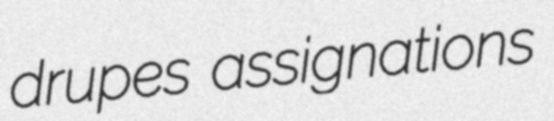
drupes assignations